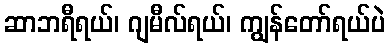
ဆာဘရီရယ်၊ ဂျမီလ်ရယ်၊ ကျွန်တော်ရယ်ပဲ